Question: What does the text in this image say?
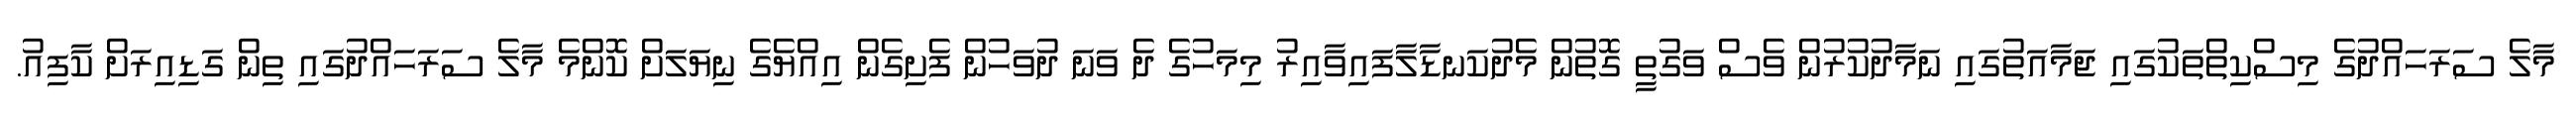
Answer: މާލެ ސަރަހައްދުގެ މިސްކިތްތަކުގައި ޖަމާއަތުގައި ނަމާދުކުރުން ވެސް ވަގުތީ ގޮތުން މެދުކަނޑާލާފައިވާއިރު މިމަހުގެ ދެ ވަނަ ދުވަހުން ފެށިގެން އިއްޔެގެ ނިޔަލަށް ކޮންމެ މާލެ ސަރަހައްދުގައި ތިން ގަޑިއިރަށް ކާފިއު.